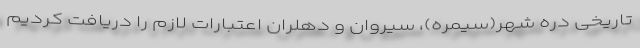
تاریخی دره شهر(سیمره)، سیروان و دهلران اعتبارات لازم را دریافت کردیم